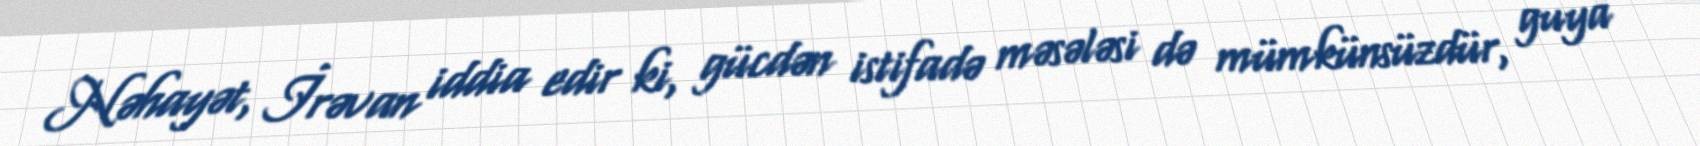
Nəhayət, İrəvan iddia edir ki, gücdən istifadə məsələsi də mümkünsüzdür, guya